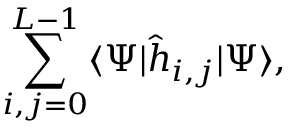
\sum _ { i , j = 0 } ^ { L - 1 } \langle \Psi | \hat { h } _ { i , j } | \Psi \rangle ,